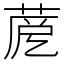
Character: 𦲳